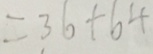
= 3 6 + 6 4